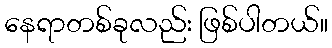
နေရာတစ်ခုလည်း ဖြစ်ပါတယ်။